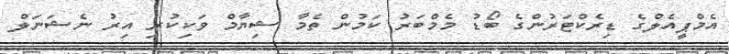
އެމްޕީއެލްގެ ޑިރެކްޓަރުންގެ ބޯޑު މެމްބަރު ކަމުން ތެމާ ޝިޔާމް ވަކިކުރި އިރު ނެޝަނަލް